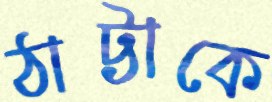
ঠাট্টাকে